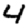
Digit: 4